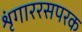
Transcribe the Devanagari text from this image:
शृंगाररसपरक